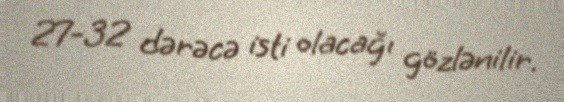
27-32 dərəcə isti olacağı gözlənilir.